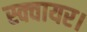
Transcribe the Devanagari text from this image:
स्क्वायर।